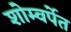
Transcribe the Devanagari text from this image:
शोम्वर्पेत